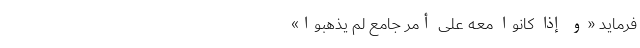
فرماید «وَ إِذَا کَانُوا مَعَهُ عَلَى أَمرٍ جَامِعٍ لَم یَذهَبُوا»